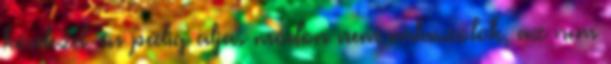
kérdezel, én pedig aljas módon nem válaszolok, az nem